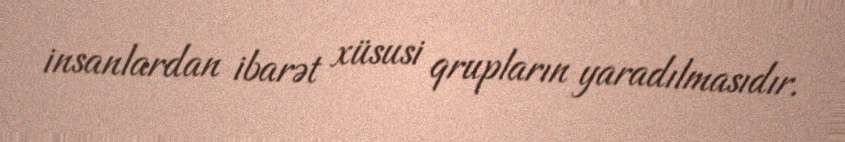
insanlardan ibarət xüsusi qrupların yaradılmasıdır.